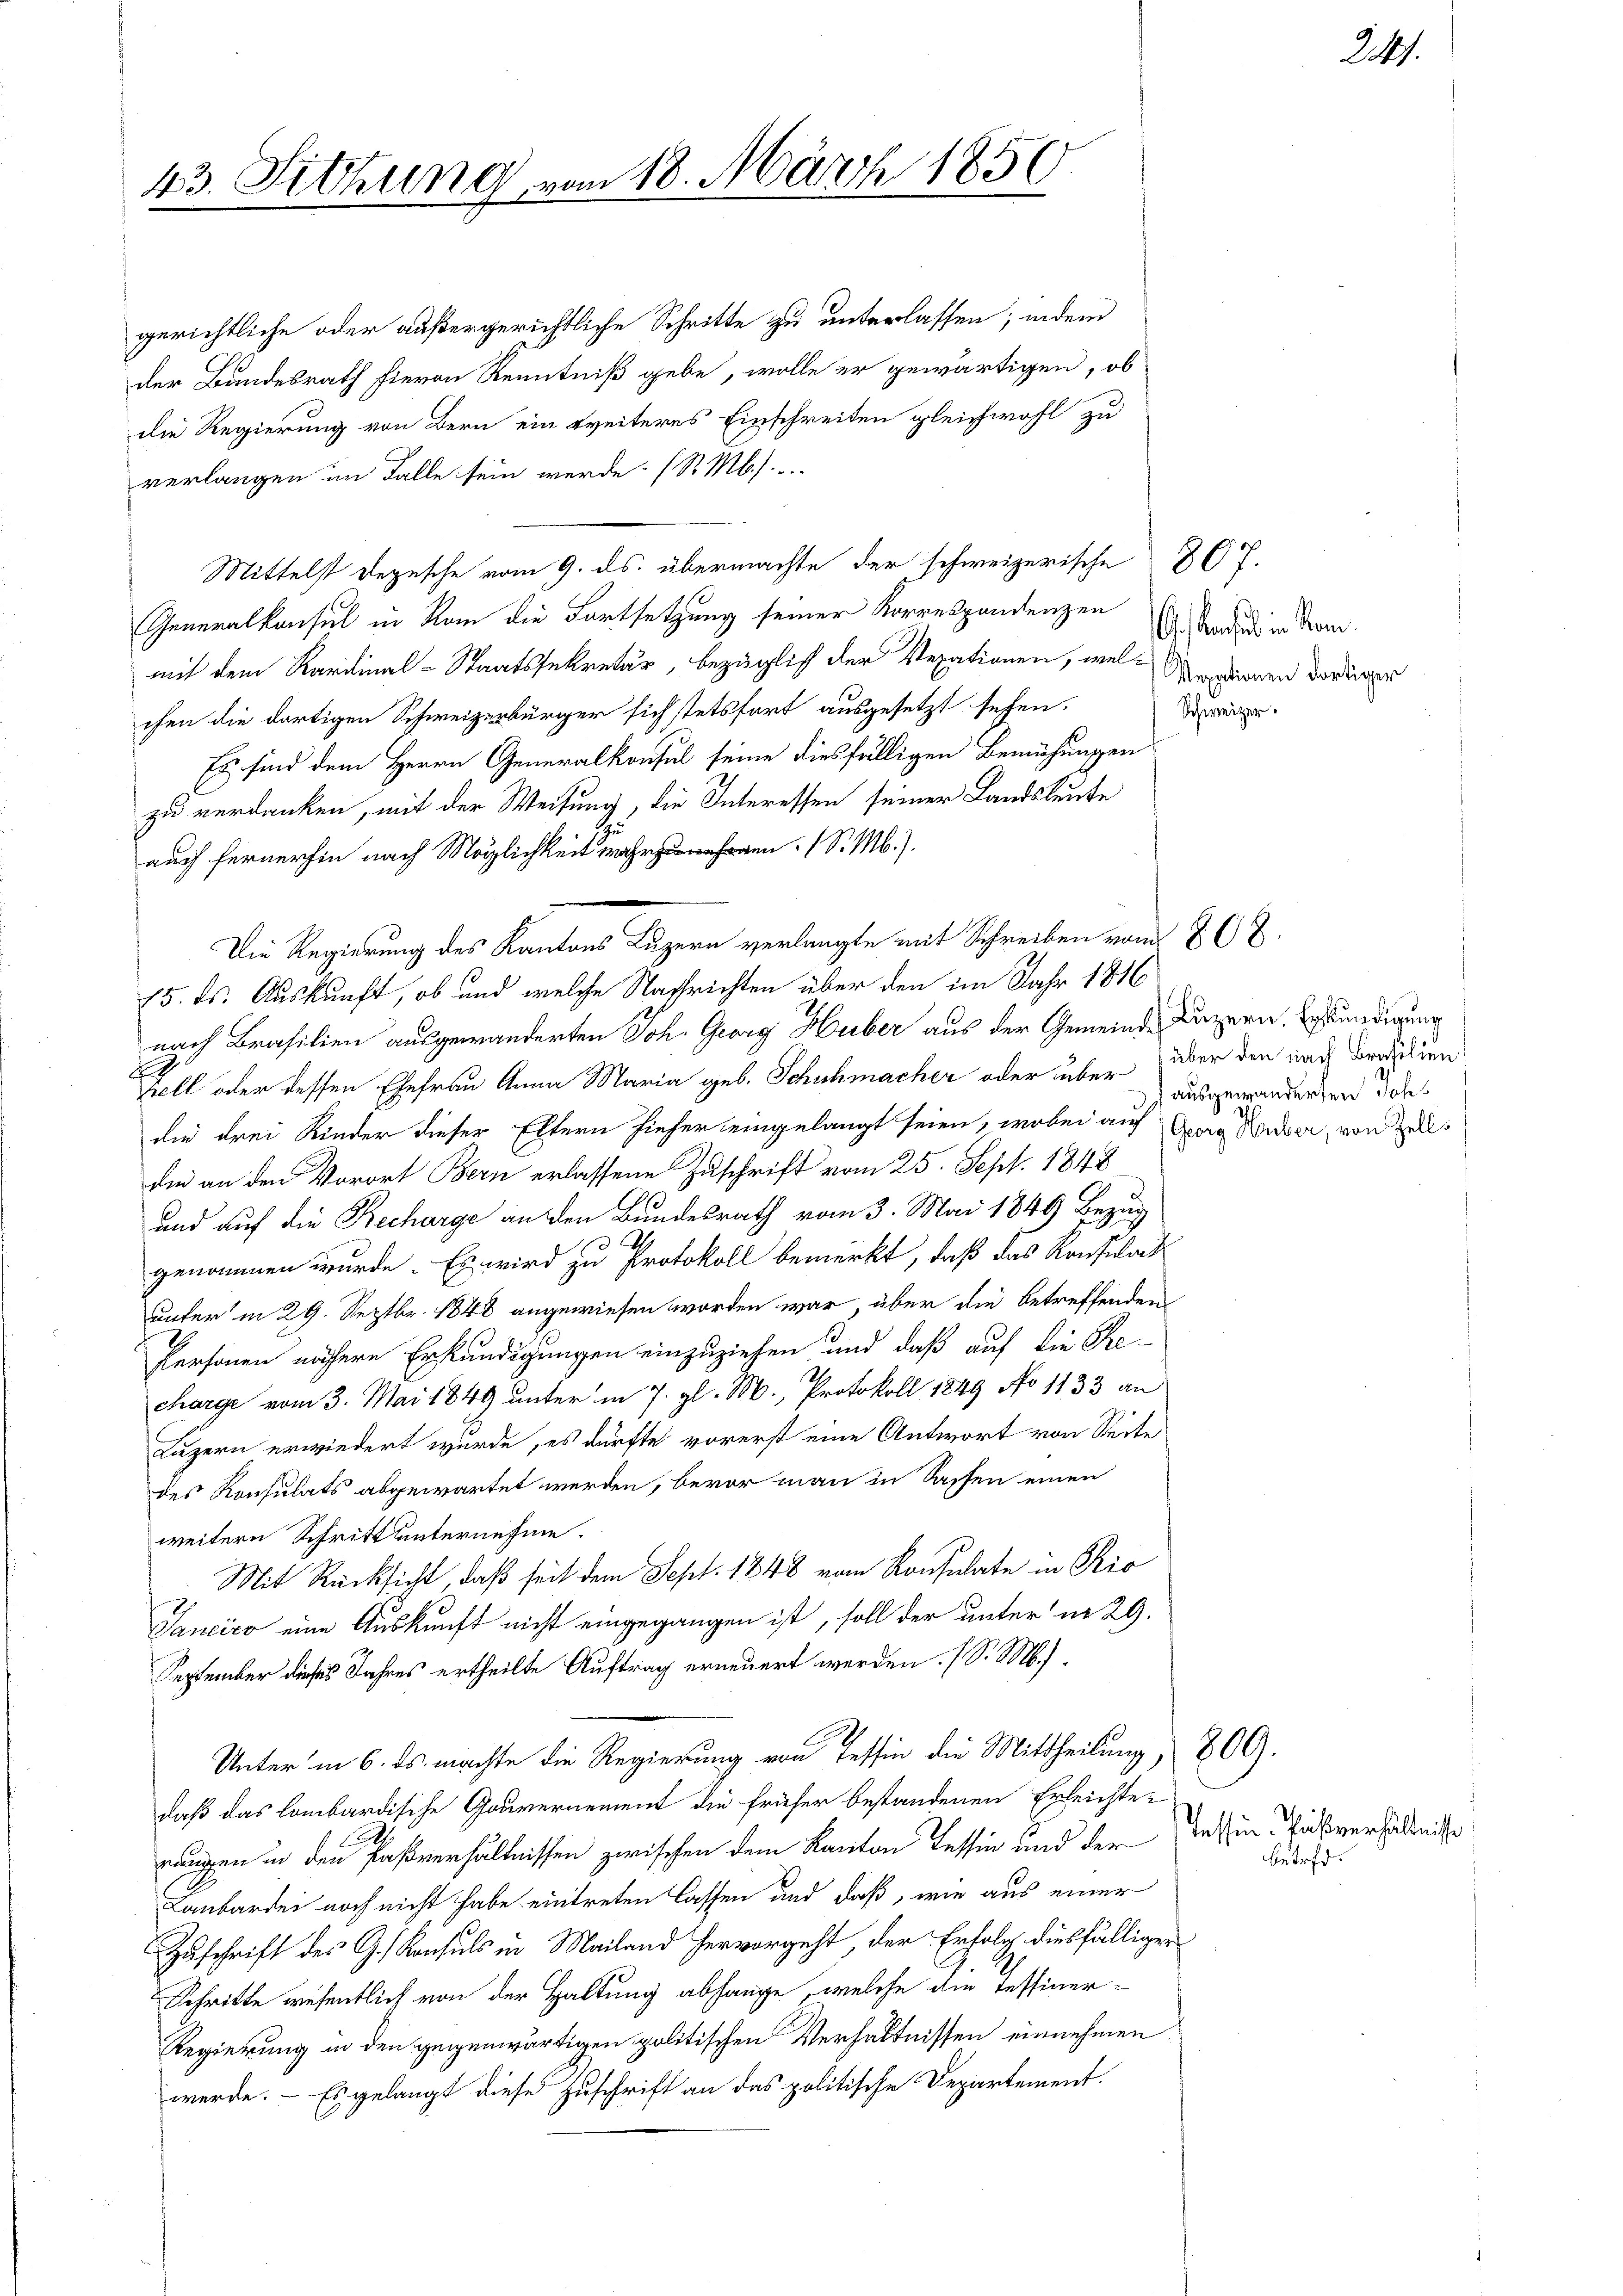
43. Sitzung

gerichtliche oder außergerichtliche Schritte zu unterlassen; indem
der Bundesrath hievon Kenntniß gebe, wolle er gewärtigen, ob
die Regierung von Bern ein weiteres Einschreiten gleichwohl zu
verlangen im Falle sein werde. (S. M. s.
Mittelst Depesche vom 9. ds. übermachte der schweizerische 307.
Generalkonsul in Rom die Fortsetzung seiner Korrespondenzen
mit dem Karolinal-Staatssekretär, bezüglich der Verationen, wel Argumen dortiger
chen die dortigen Schweizerbürger sich stetsfort ausgesetzt sehen.
Es sind dem Herrn Generalkonsul seine diesfälligen Bemühungen
zu verdanken, mit der Weisung, die Interessen seiner Landsleute
auch fernerhin nach Möglick. M.
Die Regierung des Kantons Luzern verlangte mit Schreiben vom 26
15. ds. Auskunft, ob und welche Nachrichten über den im Jahr 1816
nach Brasilien ausgewänderten Joh. Georg Huber aus der Gemeinde Luzern. Erkundigung
F
zell oder dessen Ehefrau Anna Maria geb. Schuhmacher oder über über den und Brasilien
die drei Kinder dieser Eltern hieher eingelangt seien, wobei auf Georg Weber, von Zolldie an den Vorort Bern erlassene Zuschrift vom 25. Sept. 1848
und auf die Recharge an den Bundesrath vom 3. Mai 1849 Bezug
genommen wurde. Es wird zu Protokoll bemerkt, daß das Konsulat
unter in 29. Septbr. 1848 angewiesen worden war, über die betreffenden
Personen nähere Erkundigungen einzuziehen und daß auf die Recharge vom 3. Mai 1849 unter in 7. gl. M., Protokoll 1849 No 1133 an
Luzern erwiedert wurde, es dürfte vorerst eine Antwort von Seite
des Konsulats abgewartet werden, bevor man in Sassen einen
weitere Schritt unternehme.
Mit Rücksicht, daß seit dem Sept. 1848 vom Konsulate in Rio
Tanciro eine Auskunft nicht eingegangen ist, soll der unter in 29.
September dieses Jahres ertheilte Auftrag erneuert werden. (S. M.)
Unter in 6. ds. machte die Regierung von Tessin die Mittheilung, 300.
daß das lombardische Gouvernement die früher bestandenen Erleichterungen in den Paßverhältnissen zwischen dem Kanton Tessin und der
Laubartei noch nicht habe eintreten lassen und daß, wie aus einer
Zuschrift des G. Konsuls in Mailand hervorgeht, der Erfolg diesfälliger
Schritte wesentlich von der Haltung abhange, welche die Tessiner¬
Regierung in den gegenwärtigen politischen Verhältnissen einnehmen
werde. - Es gelangt diese Zuschrift an das politische Departement.

m 18. März 1850.

C. Verst in Rom.
Schweizer.

ausgewanderten Johs
u

Tessin. Passverhältnisse
betreff.

247.